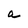
Character: a